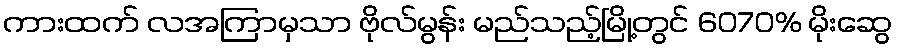
ကားထက် လအကြာမှသာ ဗိုလ်မွန်း မည်သည့်မြို့တွင် 6070% မိုးဆွေ